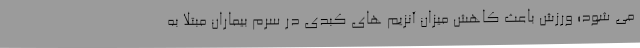
می شود؛ ورزش باعث کاهش میزان آنزیم های کبدی در سرم بیماران مبتلا به